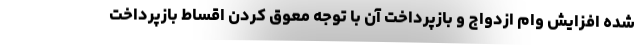
شده افزایش وام ازدواج و بازپرداخت آن با توجه معوق کردن اقساط بازپرداخت